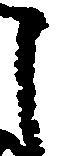
之